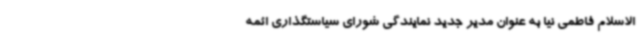
الاسلام فاطمی نیا به عنوان مدیر جدید نمایندگی شورای سیاستگذاری ائمه